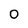
Character: 0